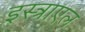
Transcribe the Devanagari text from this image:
इस्त्राएल